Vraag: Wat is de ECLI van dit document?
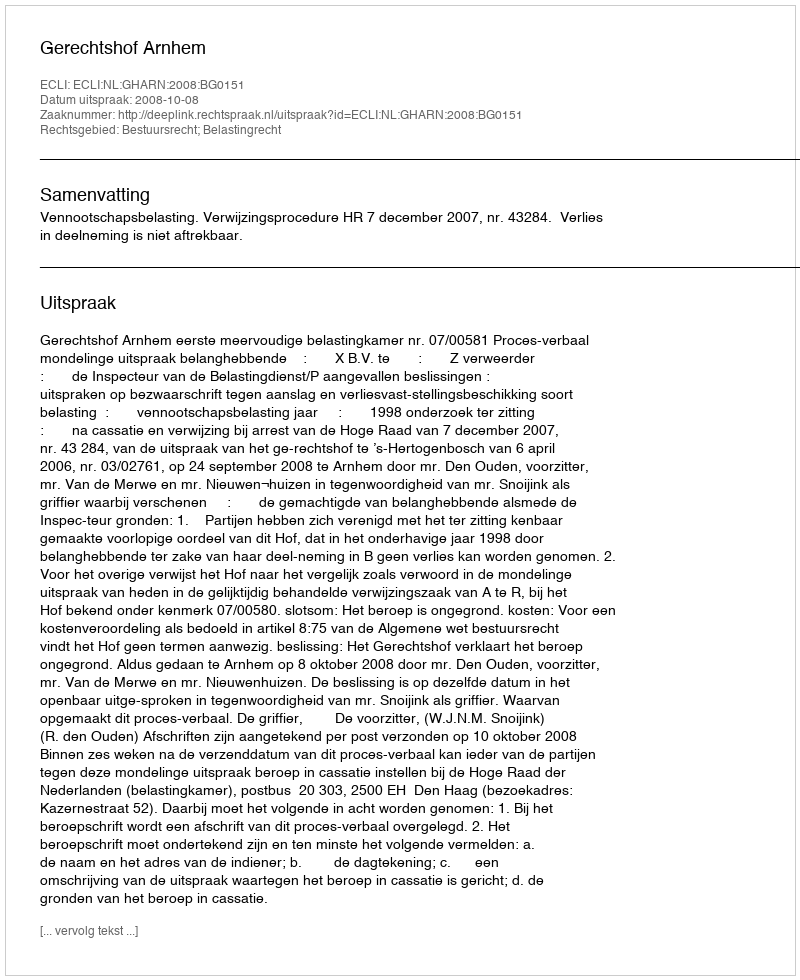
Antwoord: ECLI:NL:GHARN:2008:BG0151